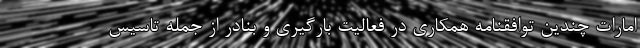
امارات چندین توافقنامه‌ همکاری در فعالیت بارگیری و بنادر از جمله تاسیس